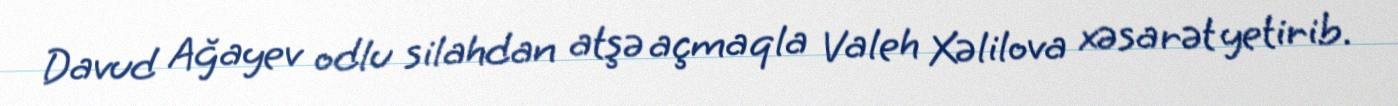
Davud Ağayev odlu silahdan atşə açmaqla Valeh Xəlilova xəsarət yetirib.